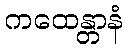
ကထေန္တာနံ